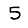
Digit: 5